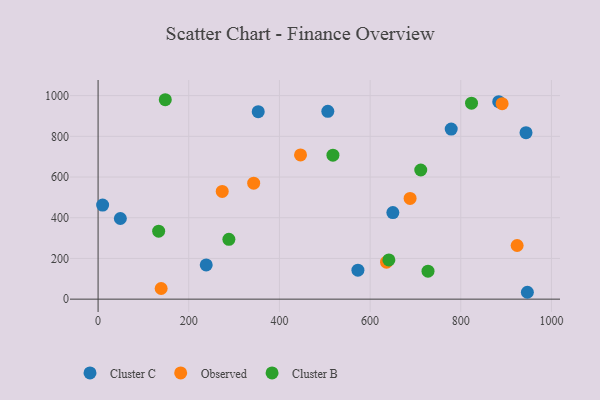
{"axis": {"x": "Experience", "y": "Sales"}, "legend": ["Cluster B", "Cluster C", "Observed"], "data": [{"x": "883.7", "y": 970.2, "type": "Cluster C"}, {"x": "238.5", "y": 168.4, "type": "Cluster C"}, {"x": "650.2", "y": 425.2, "type": "Cluster C"}, {"x": "573.1", "y": 142.2, "type": "Cluster C"}, {"x": "778.9", "y": 835.5, "type": "Cluster C"}, {"x": "353.2", "y": 921.4, "type": "Cluster C"}, {"x": "943.9", "y": 818.1, "type": "Cluster C"}, {"x": "506.7", "y": 922.8, "type": "Cluster C"}, {"x": "10.0", "y": 462.5, "type": "Cluster C"}, {"x": "946.9", "y": 33.8, "type": "Cluster C"}, {"x": "49.1", "y": 396.3, "type": "Cluster C"}, {"x": "139.1", "y": 52.3, "type": "Observed"}, {"x": "891.2", "y": 960.3, "type": "Observed"}, {"x": "636.2", "y": 181.9, "type": "Observed"}, {"x": "273.8", "y": 529.2, "type": "Observed"}, {"x": "924.3", "y": 263.7, "type": "Observed"}, {"x": "446.5", "y": 708.6, "type": "Observed"}, {"x": "688.2", "y": 494.9, "type": "Observed"}, {"x": "343.2", "y": 569.8, "type": "Observed"}, {"x": "641.4", "y": 192.8, "type": "Cluster B"}, {"x": "288.5", "y": 293.9, "type": "Cluster B"}, {"x": "518.0", "y": 707.4, "type": "Cluster B"}, {"x": "133.6", "y": 334.0, "type": "Cluster B"}, {"x": "727.7", "y": 137.6, "type": "Cluster B"}, {"x": "148.2", "y": 979.9, "type": "Cluster B"}, {"x": "823.7", "y": 962.9, "type": "Cluster B"}, {"x": "711.7", "y": 634.6, "type": "Cluster B"}]}